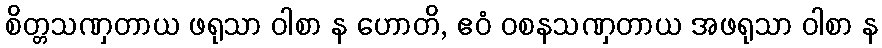
စိတ္တသဏှတာယ ဖရုသာ ဝါစာ န ဟောတိ, ဧဝံ ဝစနသဏှတာယ အဖရုသာ ဝါစာ န